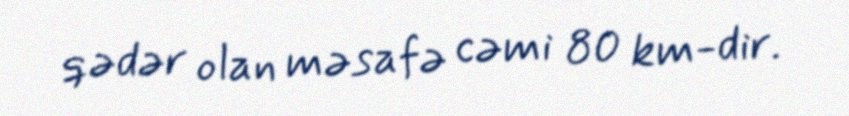
qədər olan məsafə cəmi 80 km-dir.